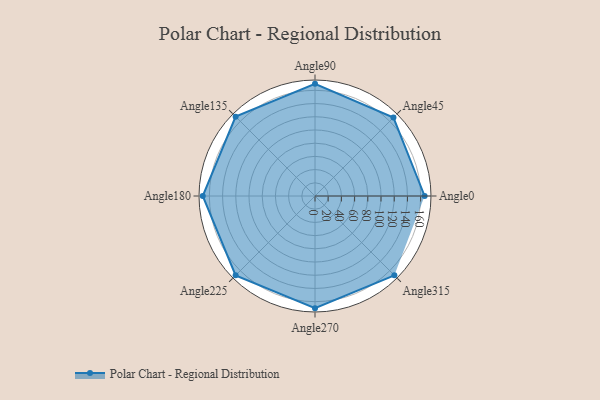
{"axis": {"x": "Angle", "y": "Radius"}, "legend": [""], "data": [{"x": "Angle0", "y": 166.0, "type": ""}, {"x": "Angle45", "y": 168.0, "type": ""}, {"x": "Angle90", "y": 170, "type": ""}, {"x": "Angle135", "y": 170, "type": ""}, {"x": "Angle180", "y": 170, "type": ""}, {"x": "Angle225", "y": 170, "type": ""}, {"x": "Angle270", "y": 170, "type": ""}, {"x": "Angle315", "y": 170, "type": ""}]}